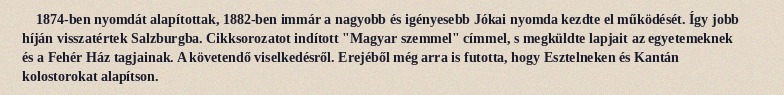
1874-ben nyomdát alapítottak, 1882-ben immár a nagyobb és igényesebb Jókai nyomda kezdte el működését. Így jobb híján visszatértek Salzburgba. Cikksorozatot indított "Magyar szemmel" címmel, s megküldte lapjait az egyetemeknek és a Fehér Ház tagjainak. A követendő viselkedésről. Erejéből még arra is futotta, hogy Esztelneken és Kantán kolostorokat alapítson.